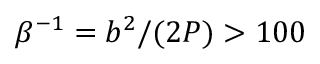
\beta ^ { - 1 } = b ^ { 2 } / ( 2 P ) > 1 0 0